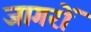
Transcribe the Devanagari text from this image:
जागरों